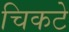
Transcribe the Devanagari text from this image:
चिकटे